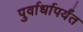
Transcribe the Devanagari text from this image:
पुर्वार्धापर्यंत